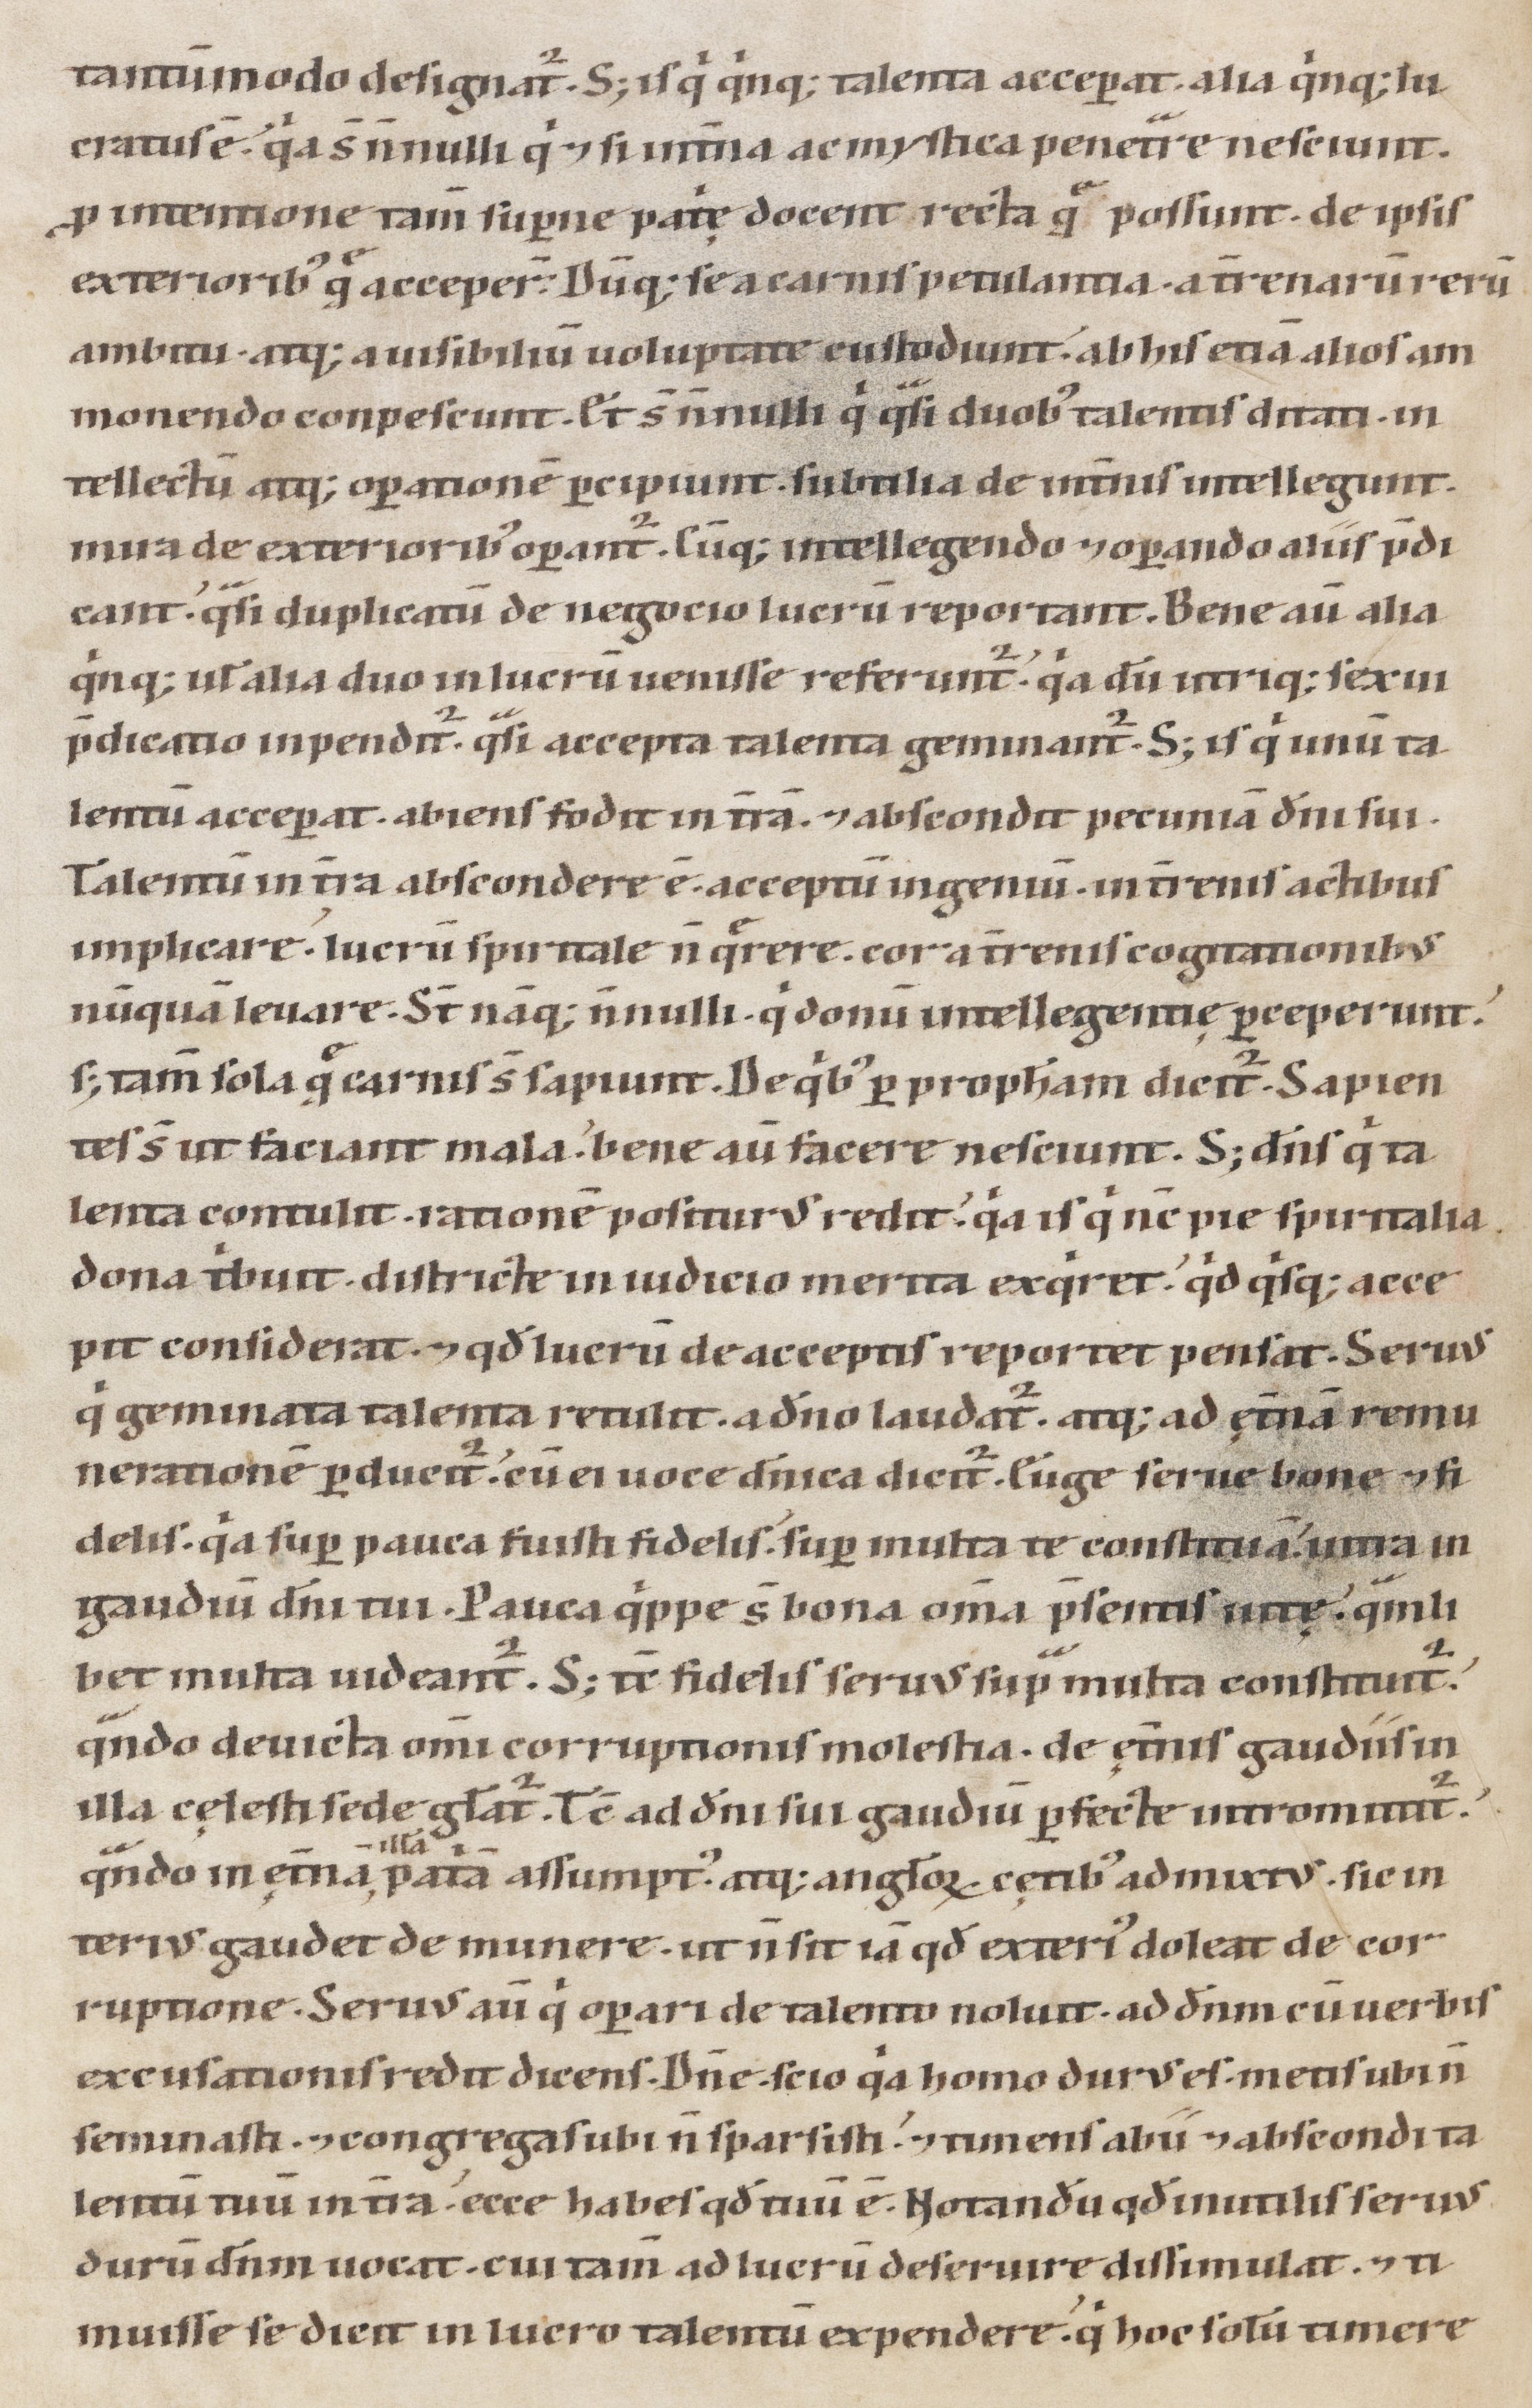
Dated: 1147–1178